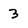
Character: 3